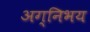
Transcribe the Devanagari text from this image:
अग्निभय